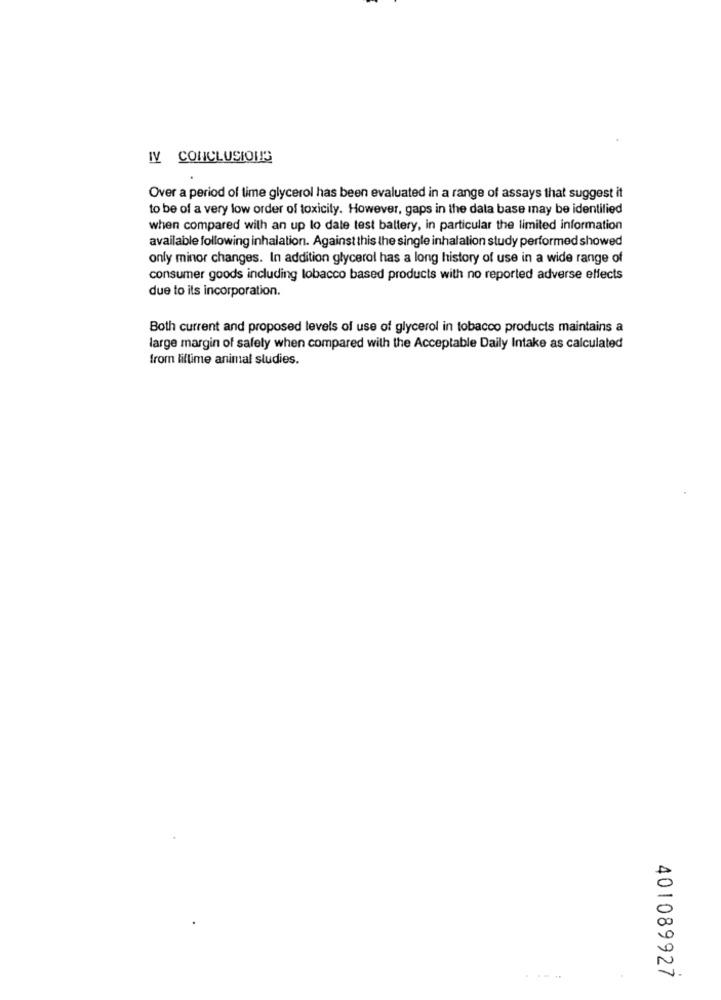
IV CONCLUSIONS
Over a period of time glycerol has been evaluated in a range of assays that suggest it
to be of a very low order of toxicity. However, gaps in the data base may be identified
when compared with an up to date test battery, in particular the limited information
available following inhalation. Against this the single inhalation study performed showed
only minor changes. In addition glycerol has a long history of use in a wide range of
consumer goods including lobacco based products with no reported adverse effects
due to its incorporation.
Both current and proposed levels of use of glycerol in tobacco products maintains a
large margin of safely when compared with the Acceptable Daily Intake as calculated
from liftime animal studies.
401089927